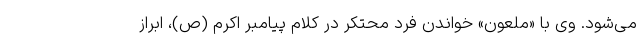
می‌شود. وی با «ملعون» خواندن فرد محتکر در کلام پیامبر اکرم (ص)، ابراز